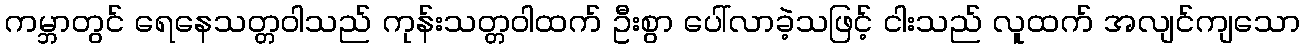
ကမ္ဘာတွင် ရေနေသတ္တဝါသည် ကုန်းသတ္တဝါထက် ဦးစွာ ပေါ်လာခဲ့သဖြင့် ငါးသည် လူထက် အလျင်ကျသော